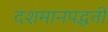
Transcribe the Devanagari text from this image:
दशमानपद्धती